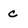
Character: C